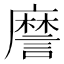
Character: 䜆